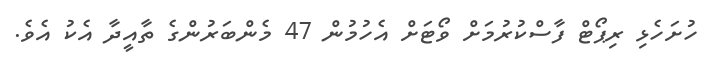
ހުށަހެޅި ރިޕޯޓް ފާސްކުރުމަށް ވޯޓަށް އެހުމުން 47 މެންބަރުންގެ ތާއީދާ އެކު އެވެ.